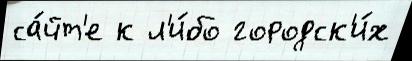
са́йт'е к л'и́бо городск'и́х